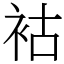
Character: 𧙖